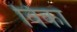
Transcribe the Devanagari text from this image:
विका